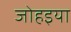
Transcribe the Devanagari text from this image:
जोहइया